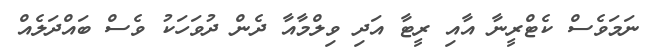
ނަމަވެސް ކެޓްރީނާ އާއި ރީޓާ އަދި ވިލްމާއާ ދެން ދުވަހަކު ވެސް ބައްދަލެއް